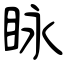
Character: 眿